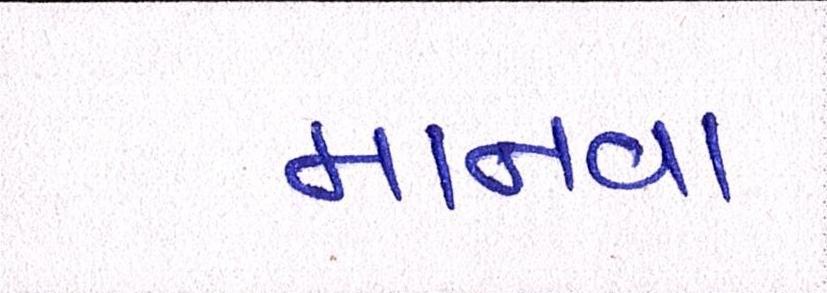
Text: માનવા